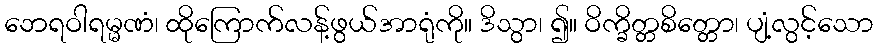
ဘေရဝါရမ္မဏံ၊ ထိုကြောက်လန့်ဖွယ်အာရုံကို။ ဒိသွာ၊ ၍။ ဝိက္ခိတ္တစိတ္တော၊ ပျံ့လွင့်သော